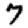
Digit: 7